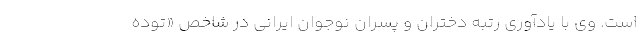
است. وی با یادآوری رتبه دختران و پسران نوجوان ایرانی در شاخص «توده